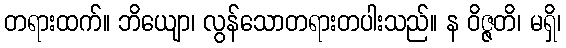
တရားထက်။ ဘိယျော၊ လွန်သောတရားတပါးသည်။ န ဝိဇ္ဇတိ၊ မရှိ၊